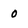
Character: 0